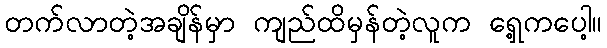
တက်လာတဲ့အချိန်မှာ ကျည်ထိမှန်တဲ့လူက ရှေ့ကပေါ့။